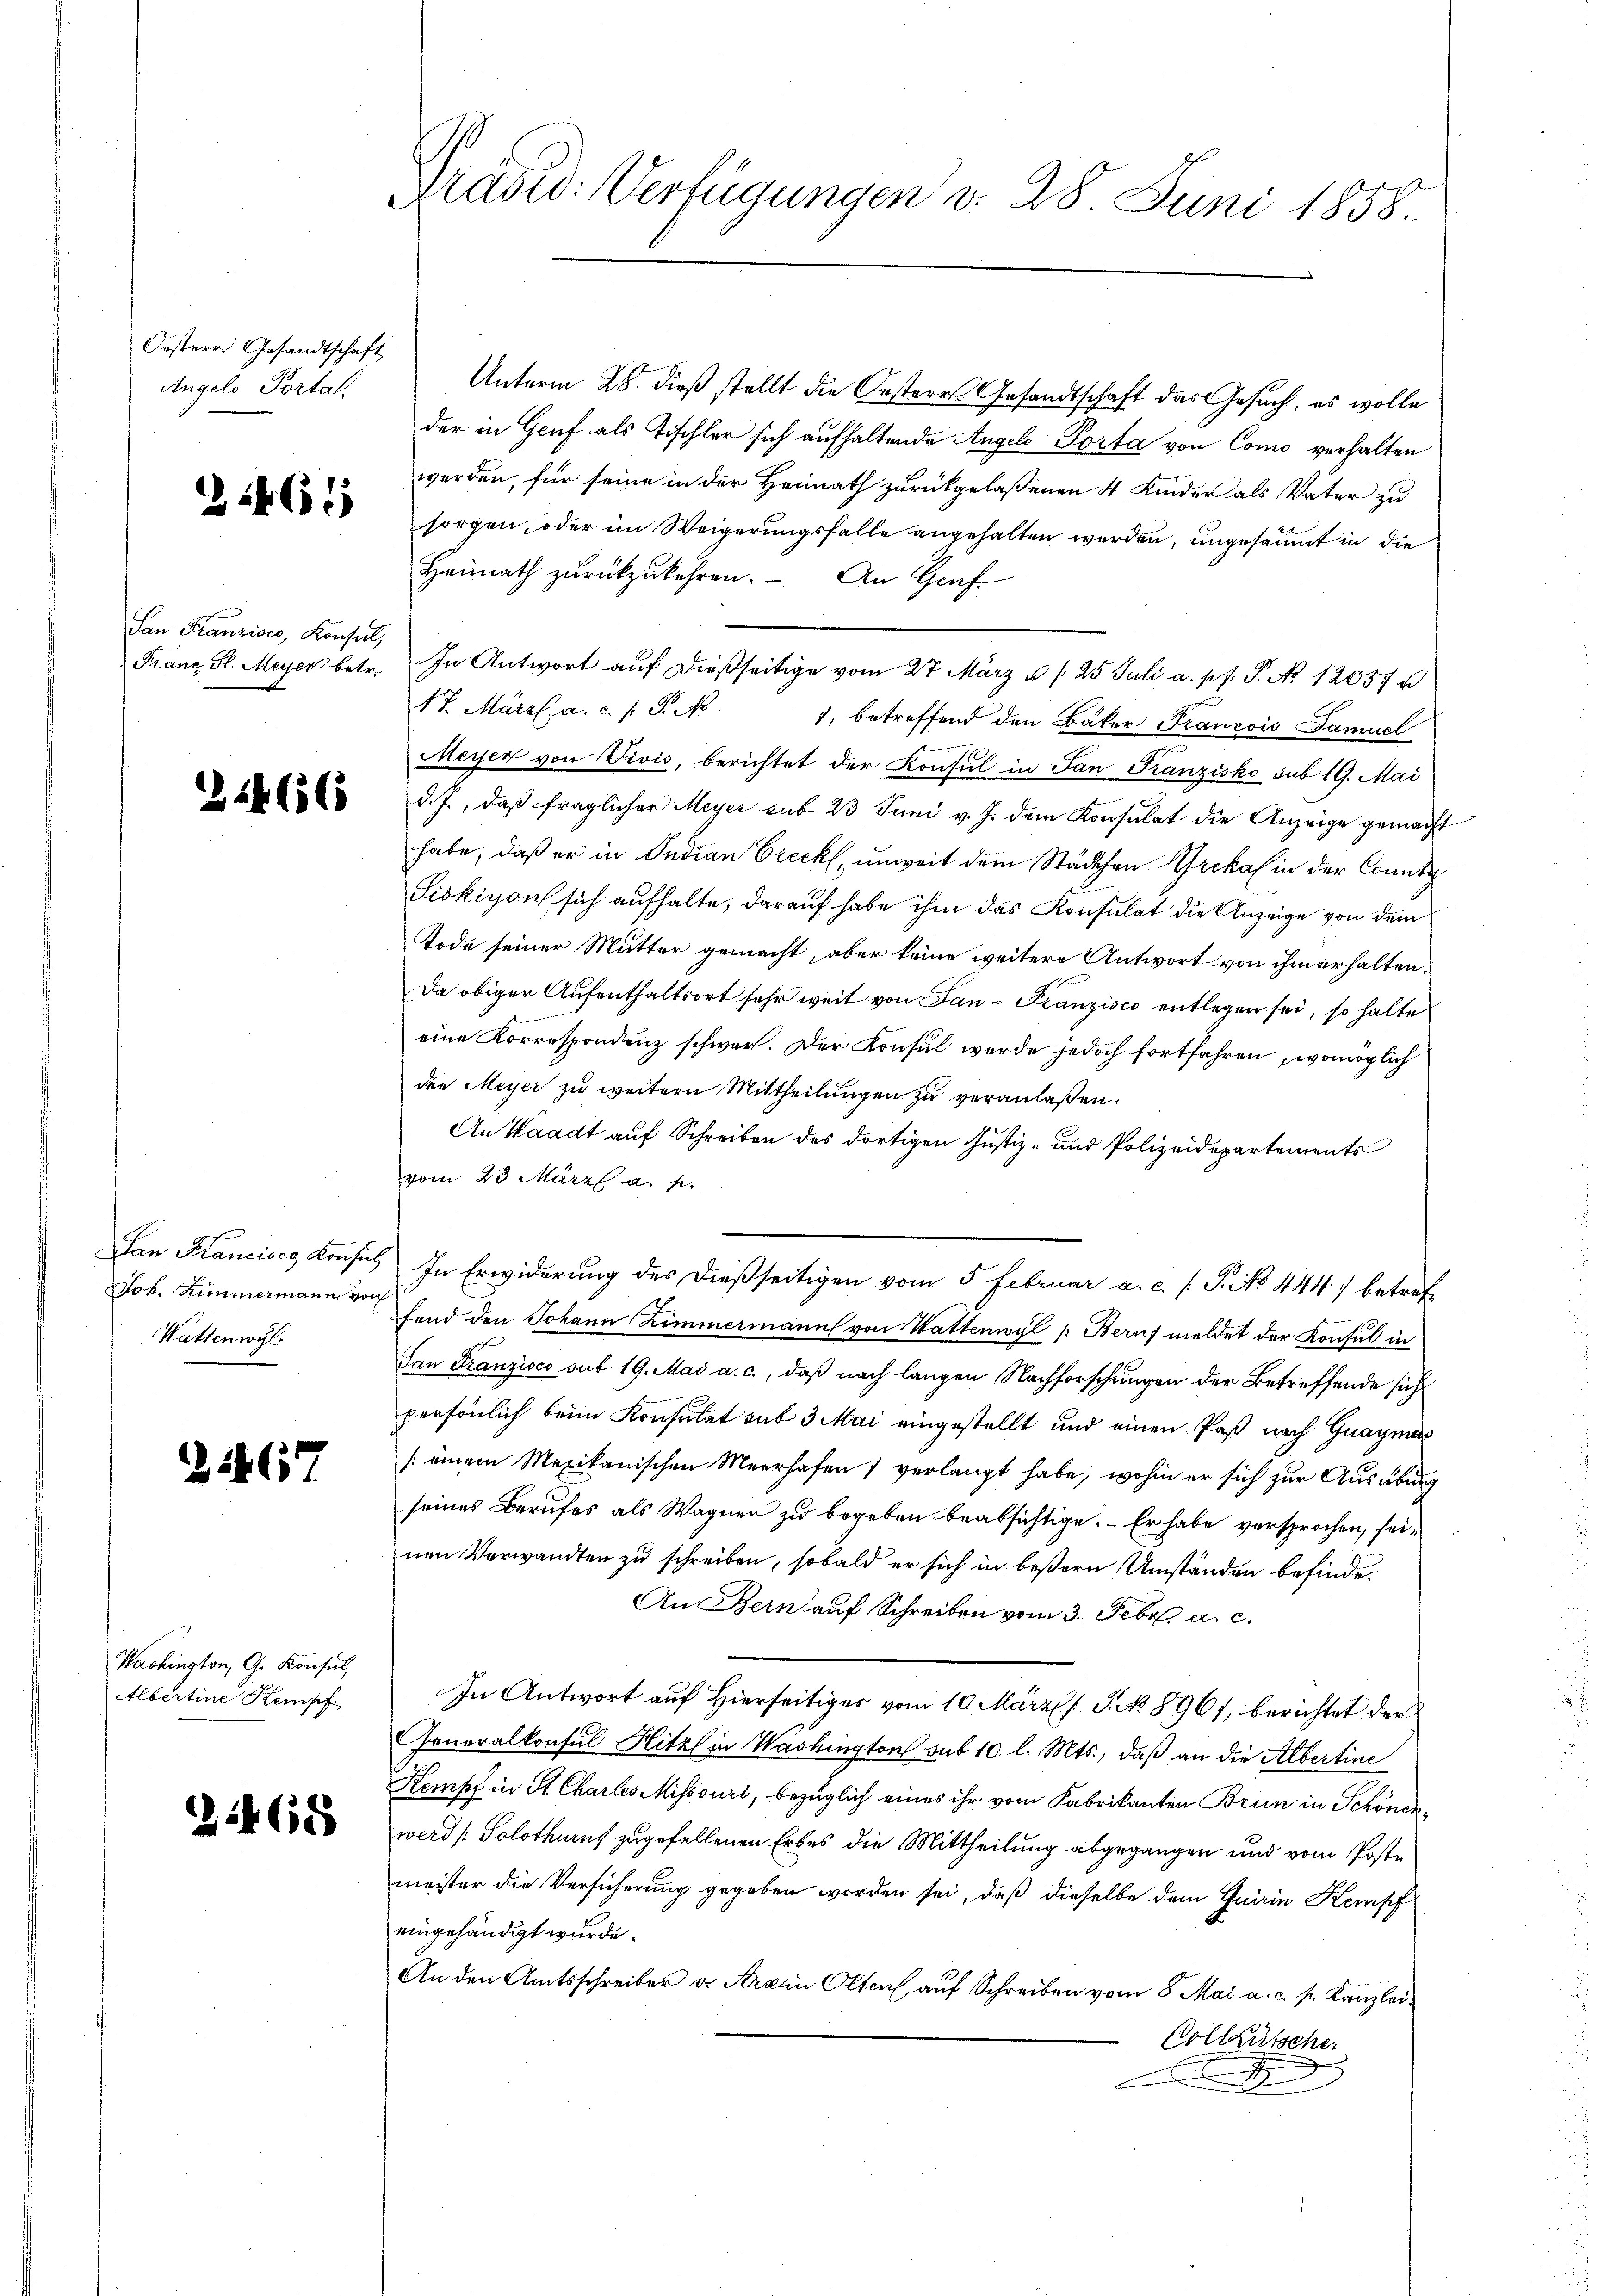
Oesterr. Gesandtschaft
Angelo Portal,

2246

San Franzisco, Konsul,

224656

Jok. Zimmermann von
Wattenwyl

21467

Washington, G. Konsul,
Albertine Kempf

24688

Präsid: Verfügungen d. 28. Juni 1858.

Unterm 28. dieß stellt die Oesteres Gesandtschaft das Gesuch, es wolle
der in Genf als Tischler sich aufhaltende Angelo Porta von Como verhalten
werden, für seine in der Heimath zurückgelaßenen 4 Kinder als Vater zu
sorgen, oder im Weigerungsfalle angehalten werden, ungesäumt in die
Heimath zurückzukehren. - An Graf
Franz Sl. Meyer betr. In Antwort aŭf dießseitige vom 27. März u. s. 25 Juli a. pp. P. No 12057 u
17. März l. a. c. s. P. N
1, betreffend den Bäker Francois Samuel
Meyer von Vivis, berichtet der Konsul in San Franzisko sub 19. Mai
d. J., daβ fraglicher Meyer sub 23 Juni v. J. dem Konsulat die Anzeige gemacht
habe, daß er in Indian Creckt, unweit dem Städtchen Brokal in der Conto¬
Siokigon sich aufhalte, darauf habe ihm das Konsulat die Anzeige von dem
Tode seiner Mutter gemacht, aber keine weitere Antwort von ihm erhalten.
Da obiger Aufenthaltsort sehr weit von San - Franzisco entlegen sei, so halte
eine Korrespondenz schwer. Der Konsul werde jedoch fortfahren, womöglich
dein Meyer zu weitern Mittheilungen zu veranlassen.
An Waadt auf Schreiben des dortigen Justiz- und Polizeidepartements
vom 23 März a. p.
San Krancisco Konses In Erwiderung des dießseitigen vom 5 Februar a. c. s. S. 444) betref
fand den Johann Zimmermann von Wattenwyl (Beruf meldet der Konsul in
San Franzisco sub 19. Mai a. c., daß nach langen Nachforschungen der Betreffende sich
persönlich beim Konsulat sub 3 Mai eingestellt und einen Paß nach Guaymas
[einem Mexikanischen Meerhafen) verlangt habe, wohin er sich zur Ausübung
seines Berufes als Wagner zu begeben beabsichtige. Er habe versprochen, seinen Verwandten zu schreiben, sobald er sich in beßern Umständen befinde.
An Bern auf Schreiben vom 3. Febr. a. c.
In Antwort auf Hierseitiges vom 10. März l. J. No 8961, berichtet der
Generalkonsul Hitzl in Washington sub 10. l. Mts., daß an die Albertine
Kampf in St. Chartes Missouri, bezüglich eines ihr vom Fabrikanten Brun in Schönenwerd / Solothuruf zugefallenen Erbes die Mittheilung abgegangen und vom Poste
meister die Versicherung gegeben worden sei, daß dieselbe dem Guirin Kempf
eingehändigt wurde.
An den Amtsschreiber v. Arain Olten, auf Schreiben vom 8. Mai a. c. s. Kanzlei¬
Vollkrütscher